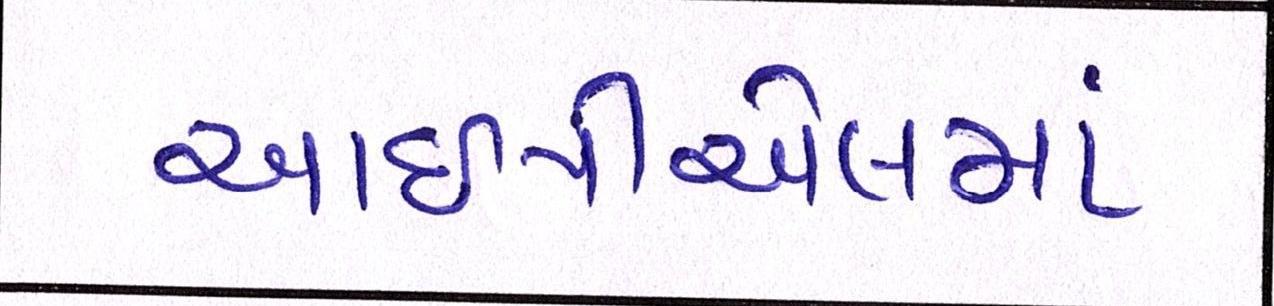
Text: આઇપીએલમાં